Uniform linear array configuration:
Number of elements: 64
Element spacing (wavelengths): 0.75
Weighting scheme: binomial
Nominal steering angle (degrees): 30
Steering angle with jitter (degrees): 28.154
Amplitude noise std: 0.05
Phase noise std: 0.05

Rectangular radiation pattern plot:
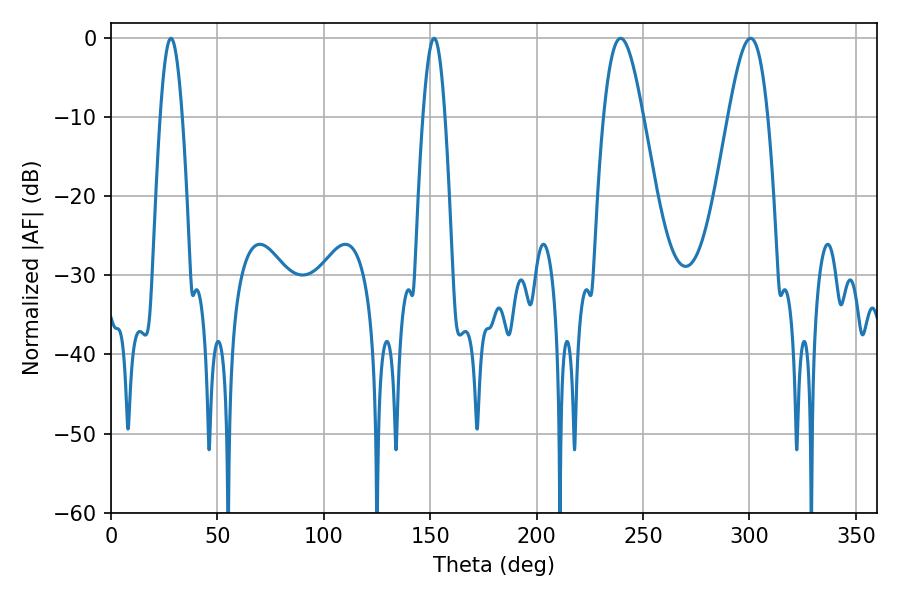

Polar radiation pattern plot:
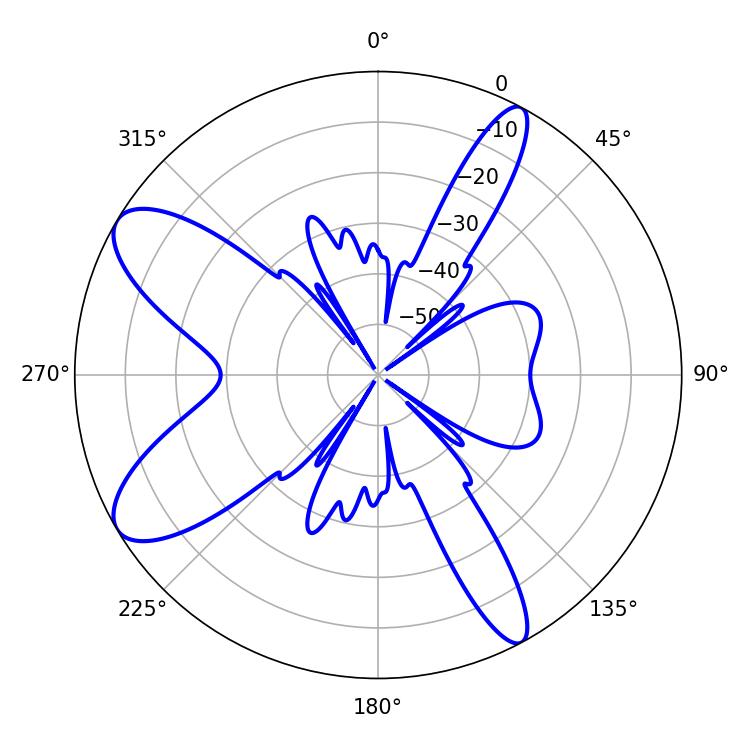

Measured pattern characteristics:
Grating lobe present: TRUE
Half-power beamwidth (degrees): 9.9
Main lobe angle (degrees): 239.4